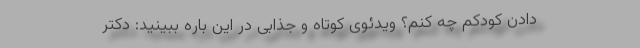
دادن کودکم چه کنم؟ ویدئوی کوتاه و جذابی در این باره ببینید: دکتر